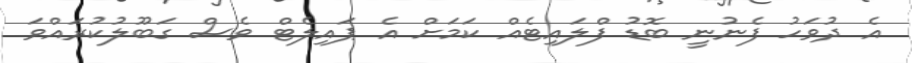
އެ ދުވަހު ފެނުނީ ބޮޑު ފްލައިޓެއް ކަމަށް އެ ޕައިލެޓް ވެސް ގަބޫލުކުރައްވަ